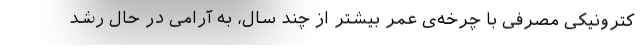
کترونیکی مصرفی با چرخه‌ی عمر بیشتر از چند سال، به آرامی در حال رشد